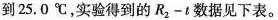
到25.0℃，实验得到的R_{2}-t数据见下表。